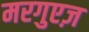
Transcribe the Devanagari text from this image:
मरगुएज़